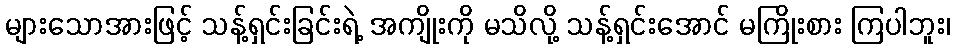
များသောအားဖြင့် သန့်ရှင်းခြင်းရဲ့ အကျိုးကို မသိလို့ သန့်ရှင်းအောင် မကြိုးစား ကြပါဘူး၊